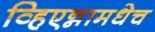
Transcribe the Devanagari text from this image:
व्हिएन्नामधेच